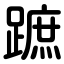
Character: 蹠